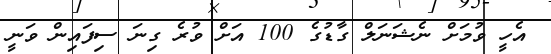
އެހީ ވުމަށް ނެޝަނަލް ގާޑުގެ 100 އަށް ވުރެ ގިނަ ސިފައިން ވަނީ